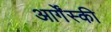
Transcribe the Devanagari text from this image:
आर्गेंस्की